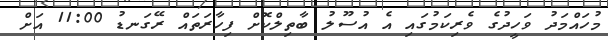
މުހައްމަދު ވަހީދުގެ ވެރިކަމުގައި އެ އުސޫލު ބާތިލްކޮށް ފިހާރަތައް ރޭގަނޑު 11:00 އަށް